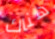
هناك